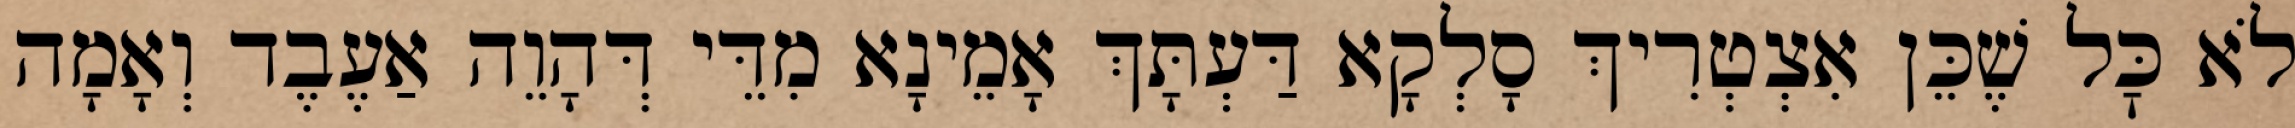
לֹא כׇּל שֶׁכֵּן אִצְטְרִיךְ סָלְקָא דַּעְתָּךְ אָמֵינָא מִדֵּי דְּהָוֵה אַעֶבֶד וְאָמָה